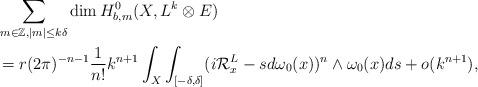
LaTeX: \begin{align*} &\sum_{m\in\mathbb{Z},\left\vert m\right\vert\leq k\delta}\mathrm{dim\,}H^0_{b,m}(X,L^k\otimes E) \\&=r(2\pi)^{-n-1}\frac{1}{n!}k^{n+1}\int_X\int_{[-\delta,\delta]}(i\mathcal{R}^L_x-sd\omega_0(x))^{n}\wedge\omega_0(x)ds+o(k^{n+1}),\end{align*}